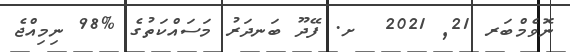
ނޮވެމްބަރ 21